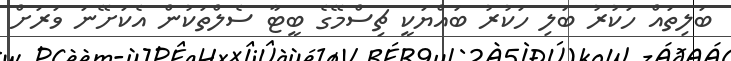
ބަލިތައް ހަކުރު ބަލި ހަކުރު ބައްޔަކީ ޗިސްމޭގެ ބީޓާ ސެލްތަކުން އެކަށޭނަ ވަރަށް